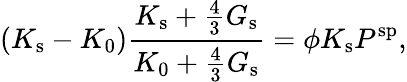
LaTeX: (K_{\mathrm{s}}-K_{0})\frac{K_{\mathrm{s}}+\frac{4}{3}G_{\mathrm{s}}}{K_{0}+\frac{4}{3}G_{\mathrm{s}}}=\phi K_{\mathrm{s}}P^{\mathrm{sp}},